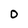
Character: 0